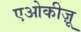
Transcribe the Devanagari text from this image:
एओकीज़ू